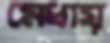
মেধায়